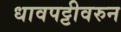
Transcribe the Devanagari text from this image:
धावपट्टीवरुन